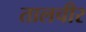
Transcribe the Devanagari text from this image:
तालचीर